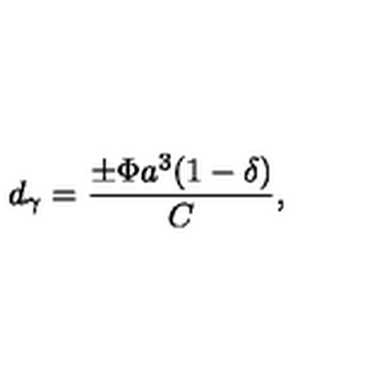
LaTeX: d _ { \gamma } = { \frac { \pm \Phi a ^ { 3 } ( 1 - \delta ) } { C } } ,